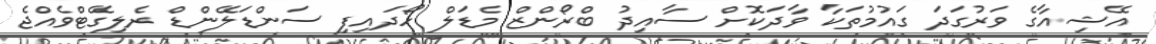
އޭޝިއާގެ ވަރުގަދަ ގައުމުތަކާ ވާދަކޮށް ސާއިދު ބްރޯންޒް މެޑަލް ހޯދައިފި ސަންޑަލޭންޑް ރެލިގޭޓްވެއްޖެ